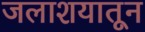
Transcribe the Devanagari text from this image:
जलाशयातून